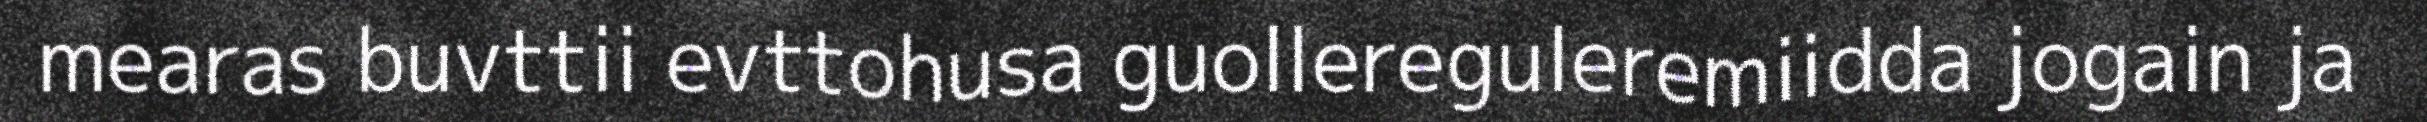
mearas buvttii evttohusa guollereguleremiidda jogain ja